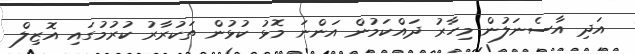
އަދި އާސެނަލުުން މިހާރު ދައްކަމުން އަންނަ މޮޅު ކުޅުން ތަކުރާރު ކުރުމުގައި އޮޒިލް